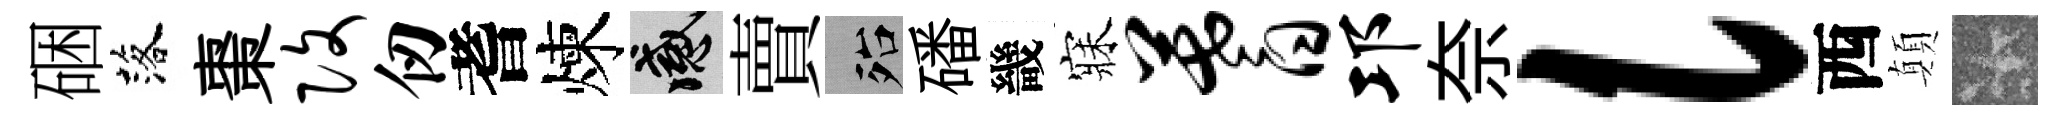
硱落棗改仞耆煉感賣殆磻畿寐蓍邛奈l西顛卡